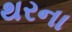
થરના